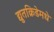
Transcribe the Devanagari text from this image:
द्युतक्रिडेमधे